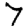
Digit: 7